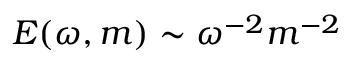
E ( \omega , m ) \sim \omega ^ { - 2 } m ^ { - 2 }